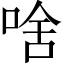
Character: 啥